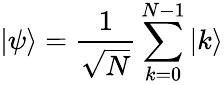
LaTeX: |\psi\rangle={\frac{1}{\sqrt{N}}}\sum_{k=0}^{N-1}|k\rangle